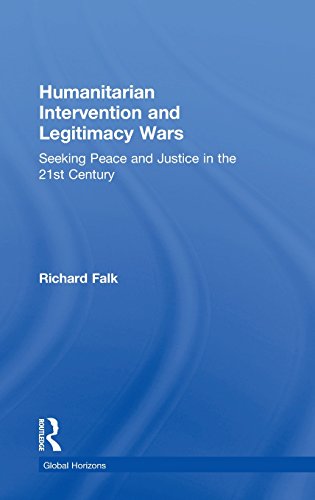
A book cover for Humanitarian Intervention and Legitimacy Wars: Seeking Peace and Justice in the 21st Century (Global Horizons); Richard Falk; Law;